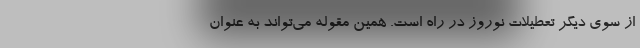
از سوی دیگر تعطیلات نوروز در راه است. همین مقوله می‌تواند به عنوان